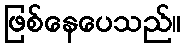
ဖြစ်နေပေသည်။